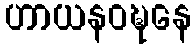
ဟာယနဝဍ္ဎနေ